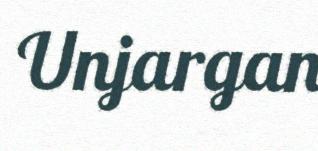
Unjargan